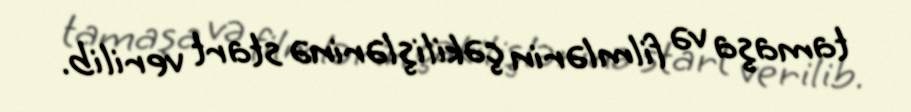
tamaşa və filmlərin çəkilişlərinə start verilib.